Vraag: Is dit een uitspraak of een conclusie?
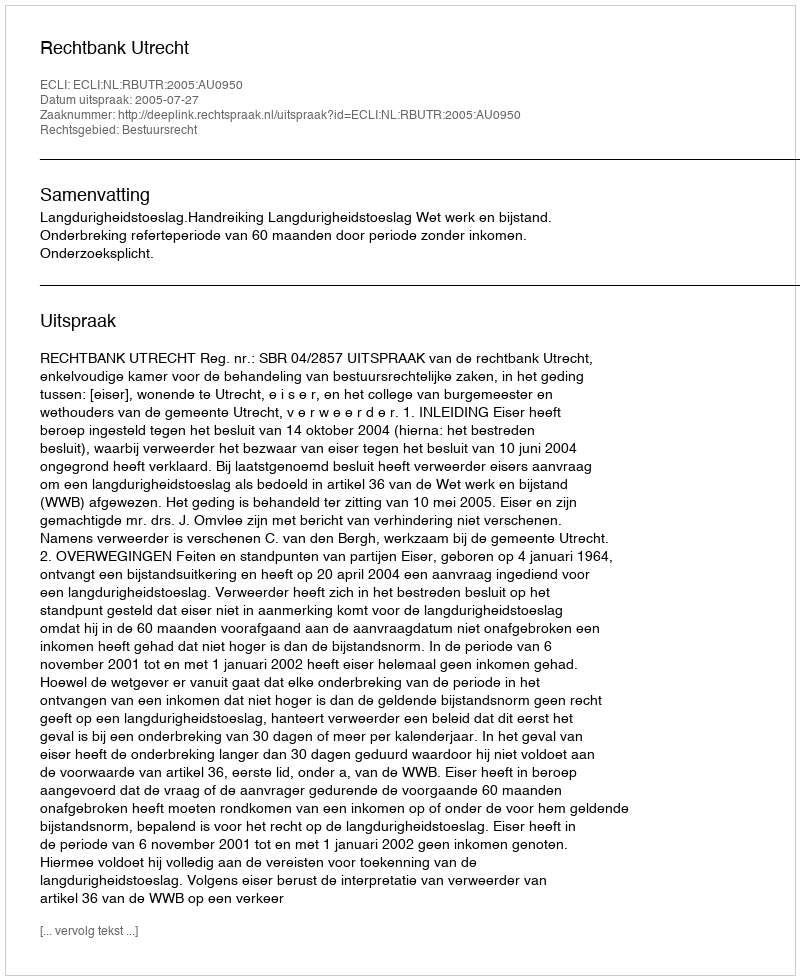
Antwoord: Uitspraak